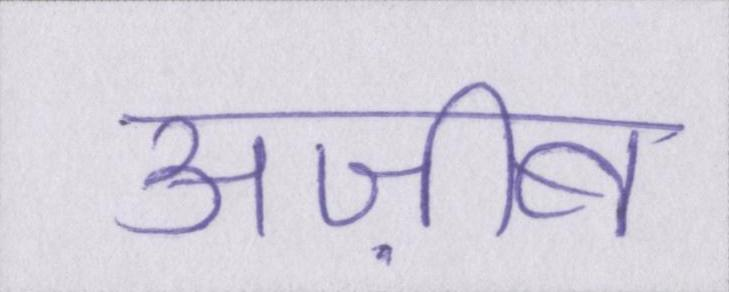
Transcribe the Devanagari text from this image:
अज़ीब